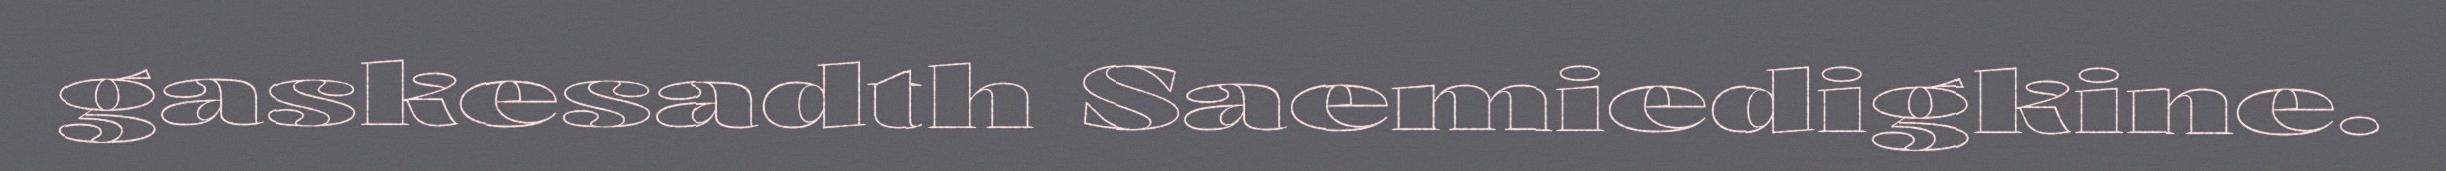
gaskesadth Saemiedigkine.